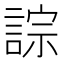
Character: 誴